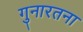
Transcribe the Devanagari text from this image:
गुनारतना